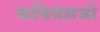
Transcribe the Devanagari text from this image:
कविवंशजों